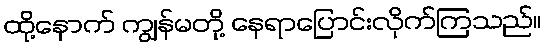
ထို့နောက် ကျွန်မတို့ နေရာပြောင်းလိုက်ကြသည်။